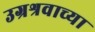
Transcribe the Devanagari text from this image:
उग्रश्रवाच्या